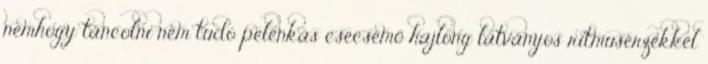
nemhogy táncolni nem tudó pelenkás csecsemő hajlong látványos ritmusérzékkel